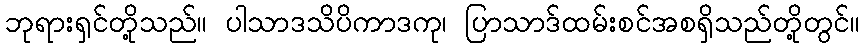
ဘုရားရှင်တို့သည်။ ပါသာဒသိပိကာဒကု၊ ပြာသာဒ်ထမ်းစင်အစရှိသည်တို့တွင်။